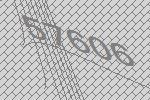
57606